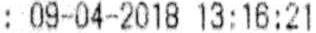
: 09-04-2018 13:16:21